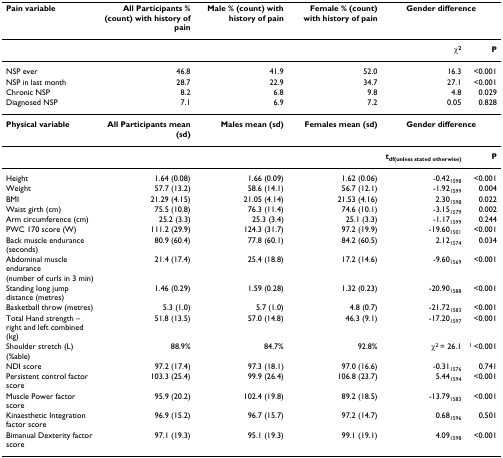
<table><thead><tr><td><b>Pain variable</b></td><td><b>All Participants % (count) with history of pain</b></td><td><b>Male % (count) with history of pain</b></td><td><b>Female % (count) with history of pain</b></td><td colspan="2"><b>Gender difference</b></td></tr></thead><tbody><tr><td></td><td></td><td></td><td></td><td><b>χ<sup>2</sup></b></td><td><b>P</b></td></tr><tr><td>NSP ever</td><td>46.8</td><td>41.9</td><td>52.0</td><td>16.3</td><td>&lt;0.001</td></tr><tr><td>NSP in last month</td><td>28.7</td><td>22.9</td><td>34.7</td><td>27.1</td><td>&lt;0.001</td></tr><tr><td>Chronic NSP</td><td>8.2</td><td>6.8</td><td>9.8</td><td>4.8</td><td>0.029</td></tr><tr><td>Diagnosed NSP</td><td>7.1</td><td>6.9</td><td>7.2</td><td>0.05</td><td>0.828</td></tr><tr><td><b>Physical variable</b></td><td><b>All Participants mean (sd)</b></td><td><b>Males mean (sd)</b></td><td><b>Females mean (sd)</b></td><td colspan="2"><b>Gender difference</b></td></tr><tr><td></td><td></td><td></td><td></td><td><b>t</b><sub><b>df(unless stated otherwise)</b></sub></td><td><b>P</b></td></tr><tr><td>Height</td><td>1.64 (0.08)</td><td>1.66 (0.09)</td><td>1.62 (0.06)</td><td>-0.42<sub>1598</sub></td><td>&lt;0.001</td></tr><tr><td>Weight</td><td>57.7 (13.2)</td><td>58.6 (14.1)</td><td>56.7 (12.1)</td><td>-1.92<sub>1599</sub></td><td>0.004</td></tr><tr><td>BMI</td><td>21.29 (4.15)</td><td>21.05 (4.14)</td><td>21.53 (4.16)</td><td>2.30<sub>1598</sub></td><td>0.022</td></tr><tr><td>Waist girth (cm)</td><td>75.5 (10.8)</td><td>76.3 (11.4)</td><td>74.6 (10.1)</td><td>-3.15<sub>1579</sub></td><td>0.002</td></tr><tr><td>Arm circumference (cm)</td><td>25.2 (3.3)</td><td>25.3 (3.4)</td><td>25.1 (3.3)</td><td>-1.17<sub>1599</sub></td><td>0.244</td></tr><tr><td>PWC 170 score (W)</td><td>111.2 (29.9)</td><td>124.3 (31.7)</td><td>97.2 (19.9)</td><td>-19.60<sub>1501</sub></td><td>&lt;0.001</td></tr><tr><td>Back muscle endurance (seconds)</td><td>80.9 (60.4)</td><td>77.8 (60.1)</td><td>84.2 (60.5)</td><td>2.12<sub>1574</sub></td><td>0.034</td></tr><tr><td>Abdominal muscle endurance (number of curls in 3 min)</td><td>21.4 (17.4)</td><td>25.4 (18.8)</td><td>17.2 (14.6)</td><td>-9.60<sub>1569</sub></td><td>&lt;0.001</td></tr><tr><td>Standing long jump distance (metres)</td><td>1.46 (0.29)</td><td>1.59 (0.28)</td><td>1.32 (0.23)</td><td>-20.90<sub>1588</sub></td><td>&lt;0.001</td></tr><tr><td>Basketball throw (metres)</td><td>5.3 (1.0)</td><td>5.7 (1.0)</td><td>4.8 (0.7)</td><td>-21.72<sub>1583</sub></td><td>&lt;0.001</td></tr><tr><td>Total Hand strength – right and left combined (kg)</td><td>51.8 (13.5)</td><td>57.0 (14.8)</td><td>46.3 (9.1)</td><td>-17.20<sub>1597</sub></td><td>&lt;0.001</td></tr><tr><td>Shoulder stretch (L) (%able)</td><td>88.9%</td><td>84.7%</td><td>92.8%</td><td>χ<sup>2 </sup>= 26.1</td><td><sup>1 </sup>&lt;0.001</td></tr><tr><td>NDI score</td><td>97.2 (17.4)</td><td>97.3 (18.1)</td><td>97.0 (16.6)</td><td>-0.31<sub>1576</sub></td><td>0.741</td></tr><tr><td>Persistent control factor score</td><td>103.3 (25.4)</td><td>99.9 (26.4)</td><td>106.8 (23.7)</td><td>5.44<sub>1594</sub></td><td>&lt;0.001</td></tr><tr><td>Muscle Power factor score</td><td>95.9 (20.2)</td><td>102.4 (19.8)</td><td>89.2 (18.5)</td><td>-13.79<sub>1583</sub></td><td>&lt;0.001</td></tr><tr><td>Kinaesthetic Integration factor score</td><td>96.9 (15.2)</td><td>96.7 (15.7)</td><td>97.2 (14.7)</td><td>0.68<sub>1596</sub></td><td>0.501</td></tr><tr><td>Bimanual Dexterity factor score</td><td>97.1 (19.3)</td><td>95.1 (19.3)</td><td>99.1 (19.1)</td><td>4.09<sub>1598</sub></td><td>&lt;0.001</td></tr></tbody></table>